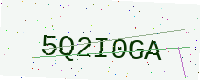
Text: 5Q2I0GA